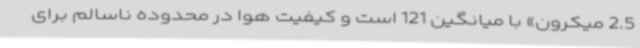
2.5 میکرون» با میانگین 121 است‌ و کیفیت هوا در محدوده ناسالم برای